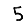
Digit: 5